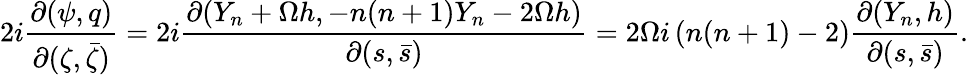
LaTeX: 2i\frac{\partial(\psi,q)}{\partial(\zeta,\bar{\zeta})}=2i\frac{\partial(Y_{n}+\Omega h,-n(n+1)Y_{n}-2\Omega h)}{\partial(s,\bar{s})}=2\Omega i\left(n(n+1)-2\right)\frac{\partial(Y_{n},h)}{\partial(s,\bar{s})}.